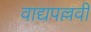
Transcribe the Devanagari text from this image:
वाद्यपल्लवी